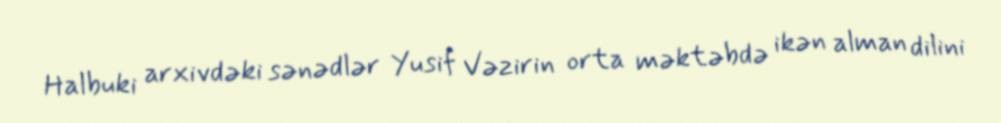
Halbuki arxivdəki sənədlər Yusif Vəzirin orta məktəbdə ikən alman dilini